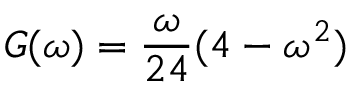
G ( \omega ) = \frac { \omega } { 2 4 } ( 4 - \omega ^ { 2 } )